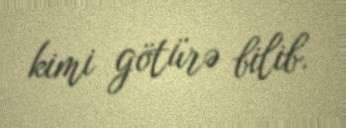
kimi götürə bilib.